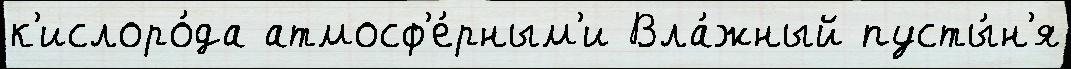
к'ислоро́да атмосф'е́рным'и Вла́жный пусты́н'я